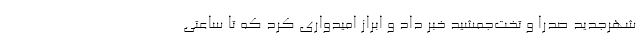
شهرجدید صدرا و تخت‌جمشید خبر داد و ابراز امیدواری کرد که تا ساعتی